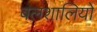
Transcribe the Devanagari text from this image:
बलशालियों